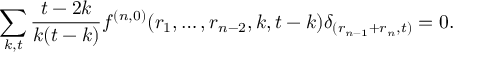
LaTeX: \sum _ { k , t } \frac { t - 2 k } { k ( t - k ) } f ^ { ( n , 0 ) } ( r _ { 1 } , \dots , r _ { n - 2 } , k , t - k ) \delta _ { ( r _ { n - 1 } + r _ { n } , t ) } = 0 .